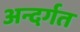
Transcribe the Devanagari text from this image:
अन्दर्गत